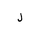
Letter: _lam